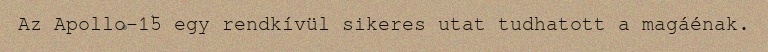
Az Apollo–15 egy rendkívül sikeres utat tudhatott a magáénak.